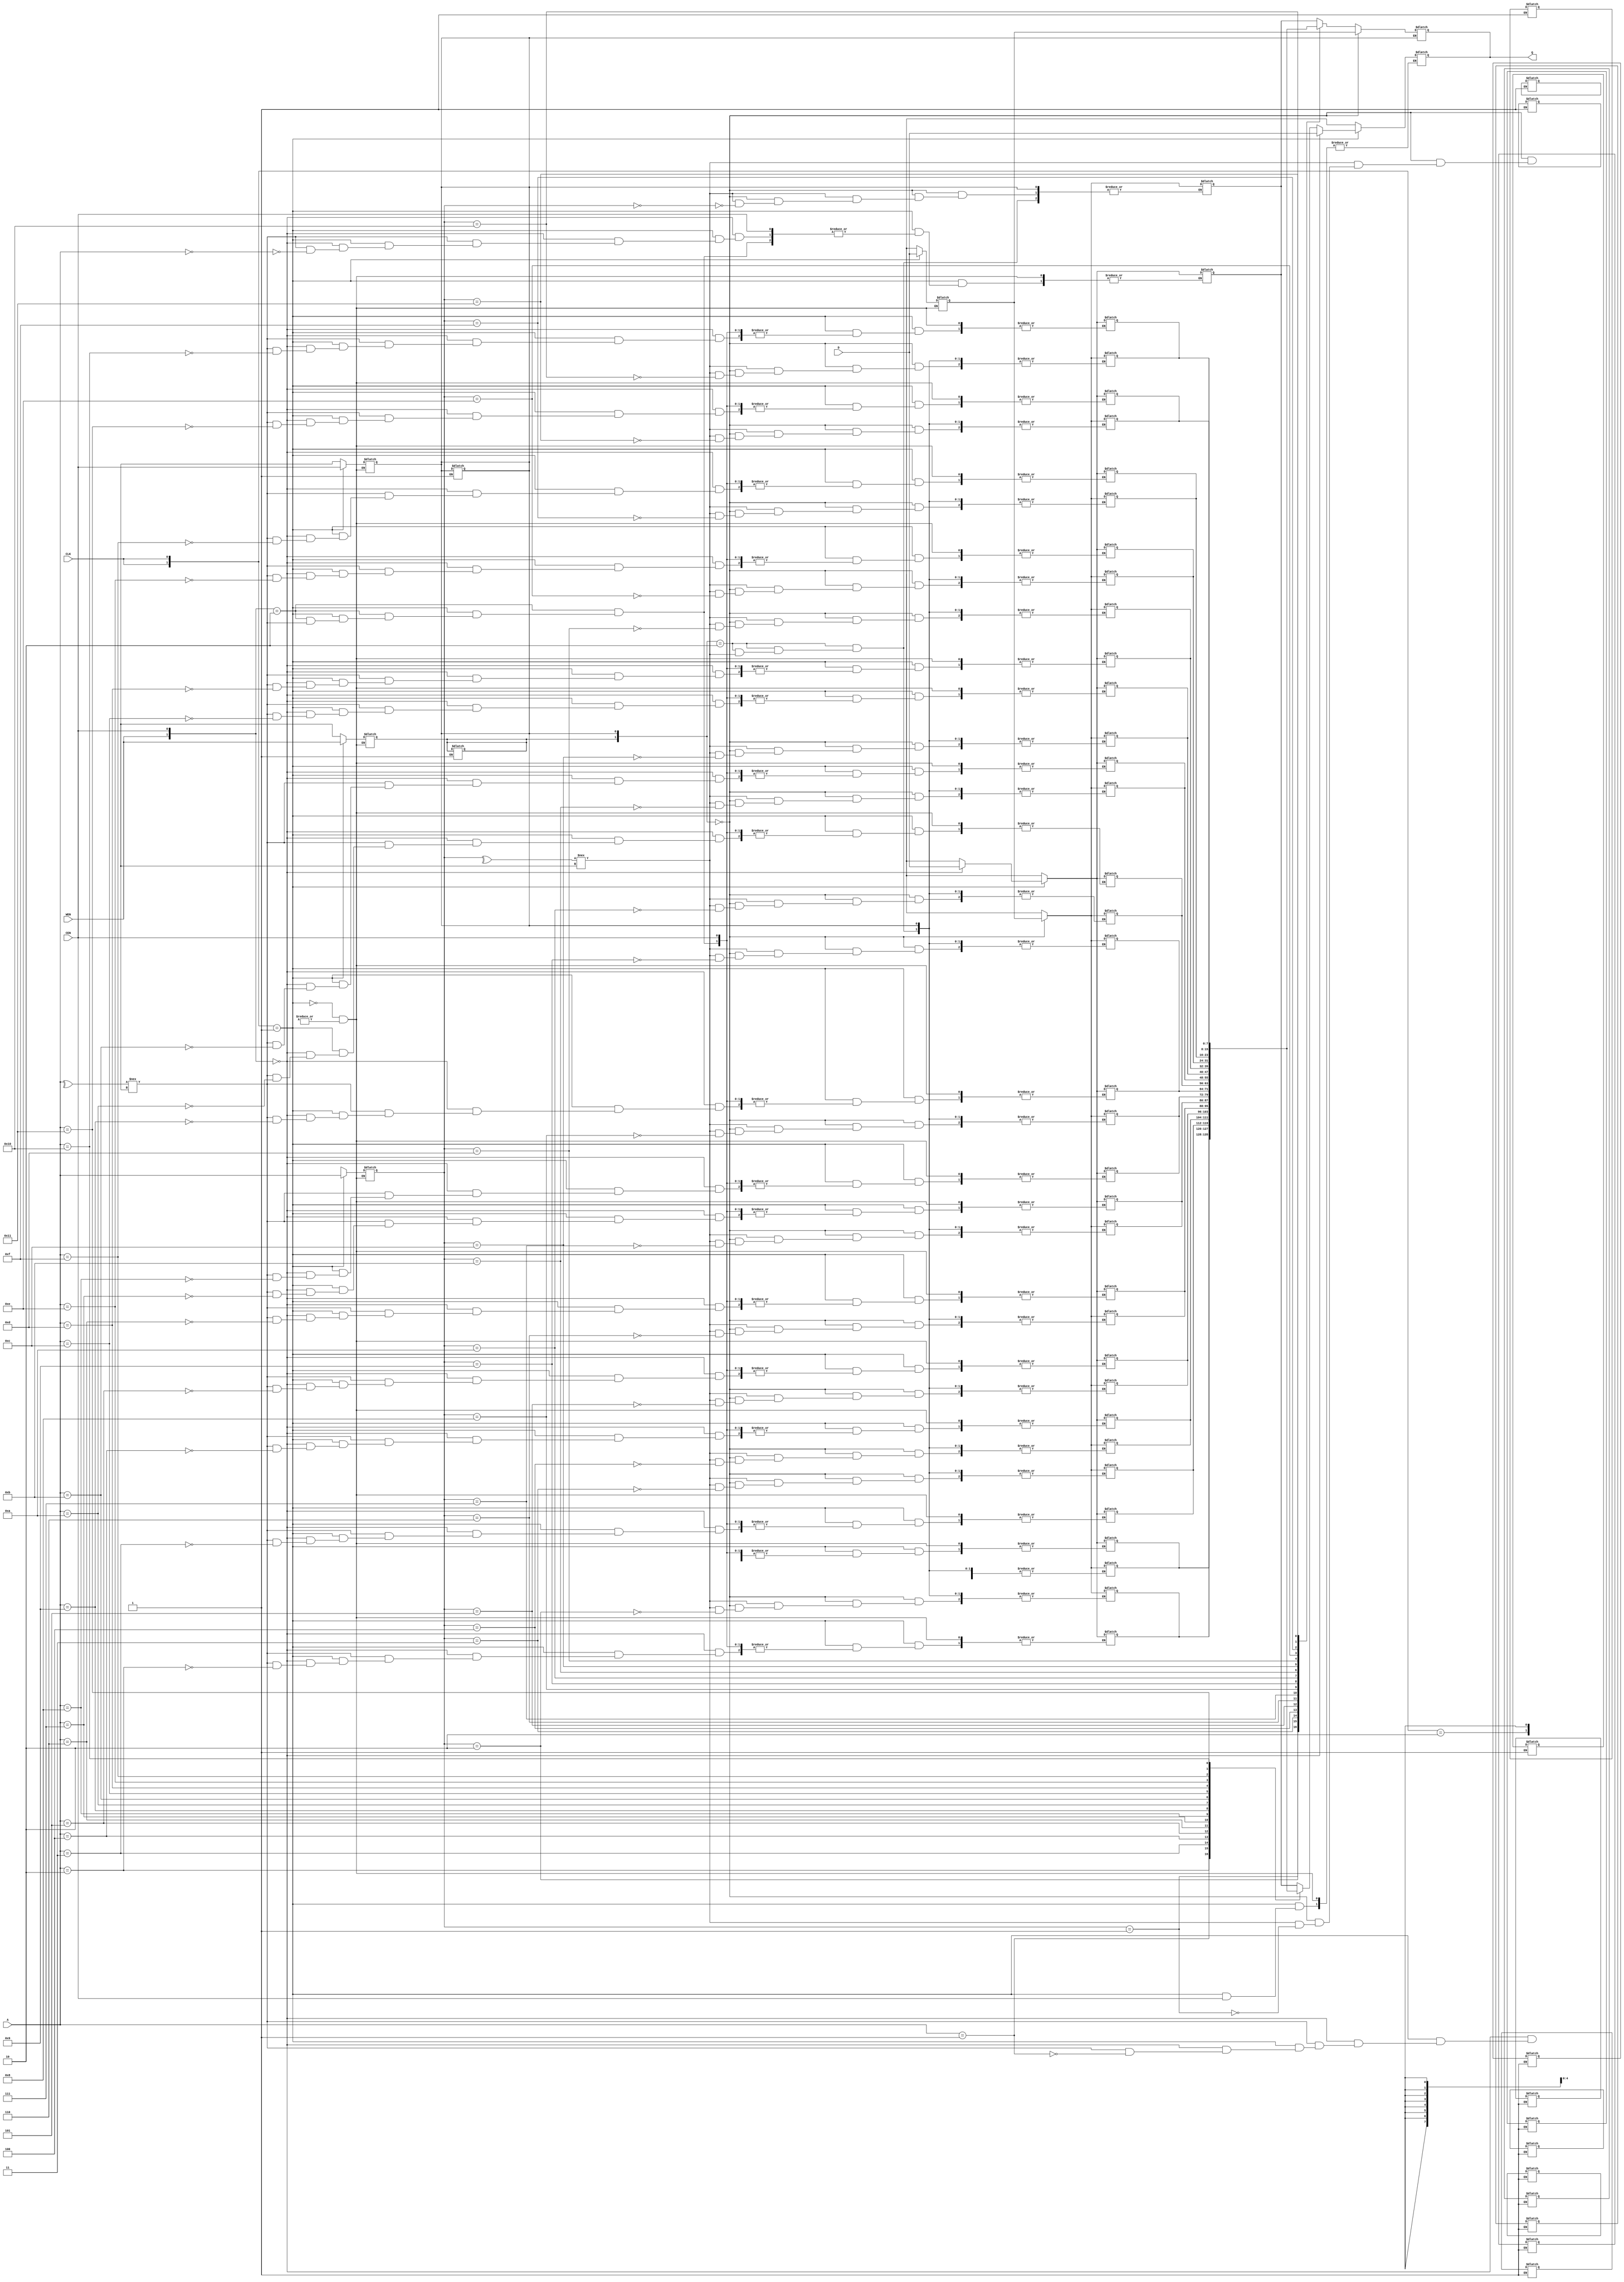
module RB1 (
   Q,
   CLK,
   CEN,
   WEN,
   A,
   D
);
   parameter		   BITS = 8;
   parameter		   word_depth = 18;
   parameter		   addr_width = 5;
   parameter		   wordx = {BITS{1'bx}};
   parameter		   addrx = {addr_width{1'bx}};
	
   output [7:0] Q;
   input CLK;
   input CEN;
   input WEN;
   input [4:0] A;
   input [7:0] D;

   reg [BITS-1:0]	   mem [word_depth-1:0];

   reg			   NOT_CEN;
   reg			   NOT_WEN;

   reg			   NOT_A0;
   reg			   NOT_A1;
   reg			   NOT_A2;
   reg			   NOT_A3;
   reg			   NOT_A4;
   reg [addr_width-1:0]	   NOT_A;
   reg			   NOT_D0;
   reg			   NOT_D1;
   reg			   NOT_D2;
   reg			   NOT_D3;
   reg			   NOT_D4;
   reg			   NOT_D5;
   reg			   NOT_D6;
   reg			   NOT_D7;
   reg [BITS-1:0]	   NOT_D;
   reg			   NOT_CLK_PER;
   reg			   NOT_CLK_MINH;
   reg			   NOT_CLK_MINL;

   reg			   LAST_NOT_CEN;
   reg			   LAST_NOT_WEN;
   reg [addr_width-1:0]	   LAST_NOT_A;
   reg [BITS-1:0]	   LAST_NOT_D;
   reg			   LAST_NOT_CLK_PER;
   reg			   LAST_NOT_CLK_MINH;
   reg			   LAST_NOT_CLK_MINL;


   wire [BITS-1:0]   _Q;
   wire [addr_width-1:0]   _A;
   wire			   _CLK;
   wire			   _CEN;
   wire                    _WEN;

   wire [BITS-1:0]   _D;
   wire                    re_flag;
   wire                    re_data_flag;


   reg			   LATCHED_CEN;
   reg	                  LATCHED_WEN;
   reg [addr_width-1:0]	   LATCHED_A;
   reg [BITS-1:0]	   LATCHED_D;

   reg			   CENi;
   reg           	   WENi;
   reg [addr_width-1:0]	   Ai;
   reg [BITS-1:0]	   Di;
   reg [BITS-1:0]	   Qi;
   reg [BITS-1:0]	   LAST_Qi;



   reg			   LAST_CLK;





   task update_notifier_buses;
   begin
      NOT_A = {
               NOT_A4,
               NOT_A3,
               NOT_A2,
               NOT_A1,
               NOT_A0};
      NOT_D = {
               NOT_D7,
               NOT_D6,
               NOT_D5,
               NOT_D4,
               NOT_D3,
               NOT_D2,
               NOT_D1,
               NOT_D0};
   end
   endtask

   task mem_cycle;
   begin
      casez({WENi,CENi})

	2'b10: begin
	   read_mem(1,0);
	end
	2'b00: begin
	   write_mem(Ai,Di);
	   read_mem(0,0);
	end
	2'b?1: ;
	2'b1x: begin
	   read_mem(0,1);
	end
	2'bx0: begin
	   write_mem_x(Ai);
	   read_mem(0,1);
	end
	2'b0x,
	2'bxx: begin
	   write_mem_x(Ai);
	   read_mem(0,1);
	end
      endcase
   end
   endtask
      

   task update_last_notifiers;
   begin
      LAST_NOT_A = NOT_A;
      LAST_NOT_D = NOT_D;
      LAST_NOT_WEN = NOT_WEN;
      LAST_NOT_CEN = NOT_CEN;
      LAST_NOT_CLK_PER = NOT_CLK_PER;
      LAST_NOT_CLK_MINH = NOT_CLK_MINH;
      LAST_NOT_CLK_MINL = NOT_CLK_MINL;
   end
   endtask

   task latch_inputs;
   begin
      LATCHED_A = _A ;
      LATCHED_D = _D ;
      LATCHED_WEN = _WEN ;
      LATCHED_CEN = _CEN ;
      LAST_Qi = Qi;
   end
   endtask


   task update_logic;
   begin
      CENi = LATCHED_CEN;
      WENi = LATCHED_WEN;
      Ai = LATCHED_A;
      Di = LATCHED_D;
   end
   endtask



   task x_inputs;
      integer n;
   begin
      for (n=0; n<addr_width; n=n+1)
	 begin
	    LATCHED_A[n] = (NOT_A[n]!==LAST_NOT_A[n]) ? 1'bx : LATCHED_A[n] ;
	 end
      for (n=0; n<BITS; n=n+1)
	 begin
	    LATCHED_D[n] = (NOT_D[n]!==LAST_NOT_D[n]) ? 1'bx : LATCHED_D[n] ;
	 end
      LATCHED_WEN = (NOT_WEN!==LAST_NOT_WEN) ? 1'bx : LATCHED_WEN ;

      LATCHED_CEN = (NOT_CEN!==LAST_NOT_CEN) ? 1'bx : LATCHED_CEN ;
   end
   endtask

   task read_mem;
      input r_wb;
      input xflag;
   begin
      if (r_wb)
	 begin
	    if (valid_address(Ai))
	       begin
                     Qi=mem[Ai];
	       end
	    else
	       begin
	          x_mem;
		  Qi=wordx;
	       end
	 end
      else
	 begin
	    if (xflag)
	       begin
		  Qi=wordx;
	       end
	    else
	       begin
	          Qi=Di;
	       end
	 end
   end
   endtask

   task write_mem;
      input [addr_width-1:0] a;
      input [BITS-1:0] d;
 
   begin
      casez({valid_address(a)})
	1'b0: 
		x_mem;
	1'b1: mem[a]=d;
      endcase
   end
   endtask

   task write_mem_x;
      input [addr_width-1:0] a;
   begin
      casez({valid_address(a)})
	1'b0: 
		x_mem;
	1'b1: mem[a]=wordx;
      endcase
   end
   endtask

   task x_mem;
      integer n;
   begin
      for (n=0; n<word_depth; n=n+1)
	 mem[n]=wordx;
   end
   endtask

   task process_violations;
   begin
      if ((NOT_CLK_PER!==LAST_NOT_CLK_PER) ||
	  (NOT_CLK_MINH!==LAST_NOT_CLK_MINH) ||
	  (NOT_CLK_MINL!==LAST_NOT_CLK_MINL))
	 begin
	    if (CENi !== 1'b1)
               begin
		  x_mem;
		  read_mem(0,1);
	       end
	 end
      else
	 begin
	    update_notifier_buses;
	    x_inputs;
	    update_logic;
	    mem_cycle;
	 end
      update_last_notifiers;
   end
   endtask

   function valid_address;
      input [addr_width-1:0] a;
   begin
      valid_address = (^(a) !== 1'bx);
   end
   endfunction


   buf (Q[0], _Q[0]);
   buf (Q[1], _Q[1]);
   buf (Q[2], _Q[2]);
   buf (Q[3], _Q[3]);
   buf (Q[4], _Q[4]);
   buf (Q[5], _Q[5]);
   buf (Q[6], _Q[6]);
   buf (Q[7], _Q[7]);
   buf (_D[0], D[0]);
   buf (_D[1], D[1]);
   buf (_D[2], D[2]);
   buf (_D[3], D[3]);
   buf (_D[4], D[4]);
   buf (_D[5], D[5]);
   buf (_D[6], D[6]);
   buf (_D[7], D[7]);
   buf (_A[0], A[0]);
   buf (_A[1], A[1]);
   buf (_A[2], A[2]);
   buf (_A[3], A[3]);
   buf (_A[4], A[4]);
   buf (_CLK, CLK);
   buf (_WEN, WEN);
   buf (_CEN, CEN);


   assign _Q = Qi;
   assign re_flag = !(_CEN);
   assign re_data_flag = !(_CEN || _WEN);


   always @(
	    NOT_A0 or
	    NOT_A1 or
	    NOT_A2 or
	    NOT_A3 or
	    NOT_A4 or
	    NOT_D0 or
	    NOT_D1 or
	    NOT_D2 or
	    NOT_D3 or
	    NOT_D4 or
	    NOT_D5 or
	    NOT_D6 or
	    NOT_D7 or
	    NOT_WEN or
	    NOT_CEN or
	    NOT_CLK_PER or
	    NOT_CLK_MINH or
	    NOT_CLK_MINL
	    )
      begin
         process_violations;
      end

   always @( _CLK )
      begin
         casez({LAST_CLK,_CLK})
	   2'b01: begin
	      latch_inputs;
	      update_logic;
	      mem_cycle;
	   end

	   2'b10,
	   2'bx?,
	   2'b00,
	   2'b11: ;

	   2'b?x: begin
	      x_mem;
              read_mem(0,1);
	   end
	   
	 endcase
	 LAST_CLK = _CLK;
      end

   specify
      $setuphold(posedge CLK, posedge CEN, 1.000, 0.500, NOT_CEN);
      $setuphold(posedge CLK, negedge CEN, 1.000, 0.500, NOT_CEN);
      $setuphold(posedge CLK &&& re_flag, posedge WEN, 1.000, 0.500, NOT_WEN);
      $setuphold(posedge CLK &&& re_flag, negedge WEN, 1.000, 0.500, NOT_WEN);
      $setuphold(posedge CLK &&& re_flag, posedge A[0], 1.000, 0.500, NOT_A0);
      $setuphold(posedge CLK &&& re_flag, negedge A[0], 1.000, 0.500, NOT_A0);
      $setuphold(posedge CLK &&& re_flag, posedge A[1], 1.000, 0.500, NOT_A1);
      $setuphold(posedge CLK &&& re_flag, negedge A[1], 1.000, 0.500, NOT_A1);
      $setuphold(posedge CLK &&& re_flag, posedge A[2], 1.000, 0.500, NOT_A2);
      $setuphold(posedge CLK &&& re_flag, negedge A[2], 1.000, 0.500, NOT_A2);
      $setuphold(posedge CLK &&& re_flag, posedge A[3], 1.000, 0.500, NOT_A3);
      $setuphold(posedge CLK &&& re_flag, negedge A[3], 1.000, 0.500, NOT_A3);
      $setuphold(posedge CLK &&& re_flag, posedge A[4], 1.000, 0.500, NOT_A4);
      $setuphold(posedge CLK &&& re_flag, negedge A[4], 1.000, 0.500, NOT_A4);
      $setuphold(posedge CLK &&& re_data_flag, posedge D[0], 1.000, 0.500, NOT_D0);
      $setuphold(posedge CLK &&& re_data_flag, negedge D[0], 1.000, 0.500, NOT_D0);
      $setuphold(posedge CLK &&& re_data_flag, posedge D[1], 1.000, 0.500, NOT_D1);
      $setuphold(posedge CLK &&& re_data_flag, negedge D[1], 1.000, 0.500, NOT_D1);
      $setuphold(posedge CLK &&& re_data_flag, posedge D[2], 1.000, 0.500, NOT_D2);
      $setuphold(posedge CLK &&& re_data_flag, negedge D[2], 1.000, 0.500, NOT_D2);
      $setuphold(posedge CLK &&& re_data_flag, posedge D[3], 1.000, 0.500, NOT_D3);
      $setuphold(posedge CLK &&& re_data_flag, negedge D[3], 1.000, 0.500, NOT_D3);
      $setuphold(posedge CLK &&& re_data_flag, posedge D[4], 1.000, 0.500, NOT_D4);
      $setuphold(posedge CLK &&& re_data_flag, negedge D[4], 1.000, 0.500, NOT_D4);
      $setuphold(posedge CLK &&& re_data_flag, posedge D[5], 1.000, 0.500, NOT_D5);
      $setuphold(posedge CLK &&& re_data_flag, negedge D[5], 1.000, 0.500, NOT_D5);
      $setuphold(posedge CLK &&& re_data_flag, posedge D[6], 1.000, 0.500, NOT_D6);
      $setuphold(posedge CLK &&& re_data_flag, negedge D[6], 1.000, 0.500, NOT_D6);
      $setuphold(posedge CLK &&& re_data_flag, posedge D[7], 1.000, 0.500, NOT_D7);
      $setuphold(posedge CLK &&& re_data_flag, negedge D[7], 1.000, 0.500, NOT_D7);

      $period(posedge CLK, 3.000, NOT_CLK_PER);
      $width(posedge CLK, 1.000, 0, NOT_CLK_MINH);
      $width(negedge CLK, 1.000, 0, NOT_CLK_MINL);

      (CLK => Q[0])=(1.000, 1.000, 0.500, 1.000, 0.500, 1.000);
      (CLK => Q[1])=(1.000, 1.000, 0.500, 1.000, 0.500, 1.000);
      (CLK => Q[2])=(1.000, 1.000, 0.500, 1.000, 0.500, 1.000);
      (CLK => Q[3])=(1.000, 1.000, 0.500, 1.000, 0.500, 1.000);
      (CLK => Q[4])=(1.000, 1.000, 0.500, 1.000, 0.500, 1.000);
      (CLK => Q[5])=(1.000, 1.000, 0.500, 1.000, 0.500, 1.000);
      (CLK => Q[6])=(1.000, 1.000, 0.500, 1.000, 0.500, 1.000);
      (CLK => Q[7])=(1.000, 1.000, 0.500, 1.000, 0.500, 1.000);
   endspecify

endmodule